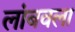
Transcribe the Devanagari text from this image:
लांबवला